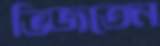
ভিজতেন